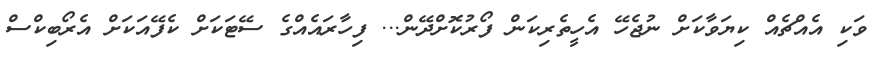
ވަކި އެއްޗެއް ކިޔަވާކަށް ނުޖެހޭ އެހީތެރިކަން ފޯރުކޮށްދޭން... ފިހާރައެއްގެ ސޭޓަކަށް ކެފޭއަކަށް އެރޯބިކްސް